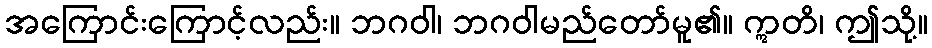
အကြောင်းကြောင့်လည်း။ ဘဂဝါ၊ ဘဂဝါမည်တော်မူ၏။ ဣတိ၊ ဤသို့။